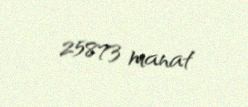
25873 manat